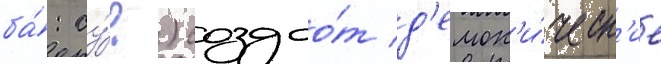
ба́: су́?) создао́т д'емон'и́ческ'ие